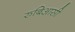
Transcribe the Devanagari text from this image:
रुबिआसी